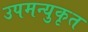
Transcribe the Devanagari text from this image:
उपमन्युकृत